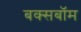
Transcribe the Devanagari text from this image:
बक्सबॉम